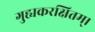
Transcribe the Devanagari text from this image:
गुह्यकरक्षितम्।